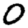
Digit: 0